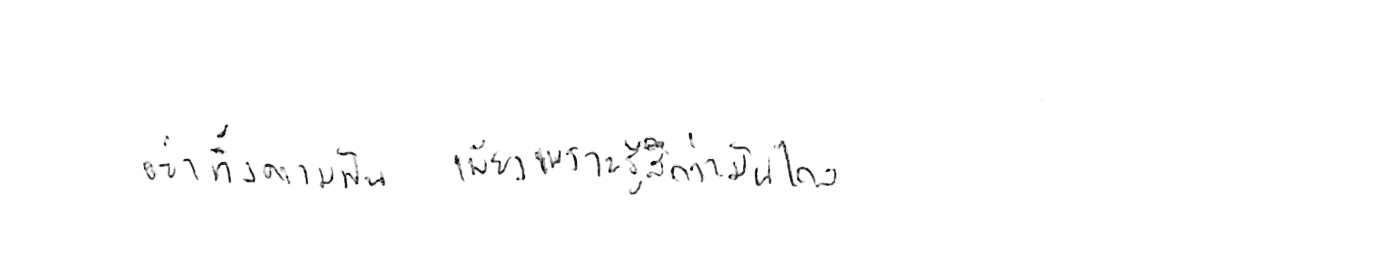
อย่าทิ้งความฝัน เพียงเพราะรู้สึกว่ามันไกล